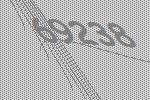
69238